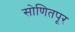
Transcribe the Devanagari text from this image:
सोणितपूर